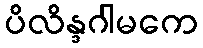
ပိလိန္ဒဂါမကေ